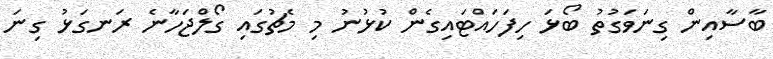
ބާސާއިން ގިނަވަގުތު ބޯޅަ ހިފަހައްޓައިގެން ކުޅުނު މި މެޗުގައި ގޯލްޖަހާނެ ރަނގަޅު ގިނަ